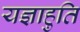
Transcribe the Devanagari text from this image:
यज्ञाहुति